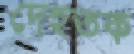
দেহত্বক